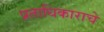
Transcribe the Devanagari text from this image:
प्रताधिकाराचे